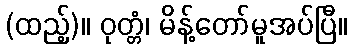
(ထည့်)။ ဝုတ္တံ၊ မိန့်တော်မူအပ်ပြီ။